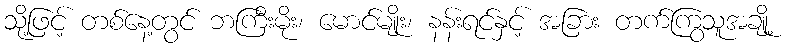
သို့ဖြင့် တစ်နေ့တွင် ဘကြီးမိုး၊ မောင်မျိုး၊ နန်းရင်နှင့် အခြား တက်ကြွသူအချို့